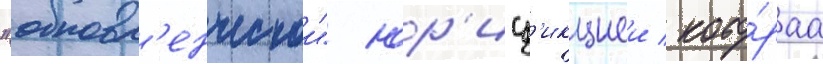
"обновл'енческои" юр'исд'икциеи / кото́раа